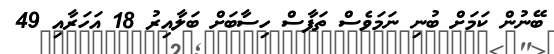
ބޭނުން ކަމަށް ބުނި ނަމަވެސް ތަފާސް ހިސާބަށް ބަލާއިރު 18 އަހަރާއި 49